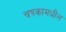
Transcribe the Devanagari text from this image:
चषकामधील